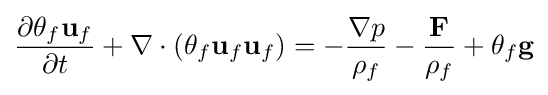
{\frac {\partial \theta _{f}\mathbf {u} _{f}}{\partial t}}+\nabla \cdot (\theta _{f}\mathbf {u} _{f}\mathbf {u} _{f})=-{\frac {\nabla p}{\rho _{f}}}-{\frac {\mathbf {F} }{\rho _{f}}}+\theta _{f}\mathbf {g}